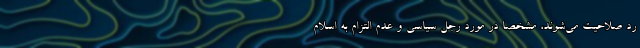
رد صلاحیت می‌شوند، مشخصاً در مورد رجل سیاسی و عدم التزام به اسلام